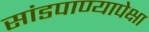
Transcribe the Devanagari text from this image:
सांडपाण्यापेक्षा